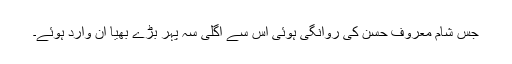
جس شام معروف حسن کی روانگی ہوئی اس سے اگلی سہ پہر بڑے بھیا آن وارد ہوئے۔